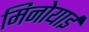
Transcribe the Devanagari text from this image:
मिनोयाई